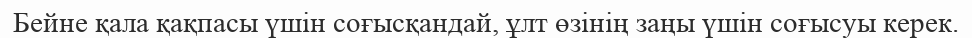
Бейне қала қақпасы үшін соғысқандай, ұлт өзінің заңы үшін соғысуы керек.